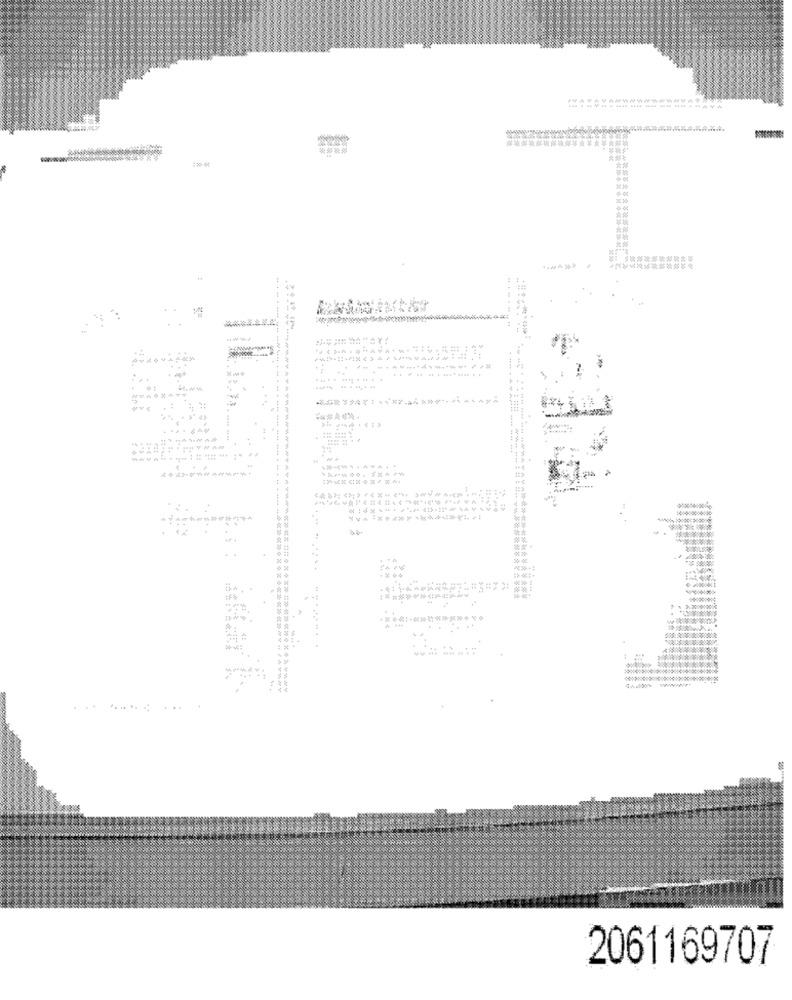
. .
....... .. ...........
. .... .
.... ........
--------
$' 4>
学文学之下子
.4
****
. .
2061169707